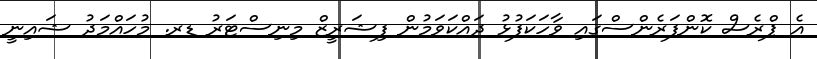
އެ ޕްރެސް ކޮންފަރެންސްގައި ވާހަކަފުޅު ދައްކަވަމުން ފިޝަރީޒް މިނިސްޓަރު ޑރ. މުހައްމަދު ޝައިނީ